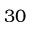
3 0